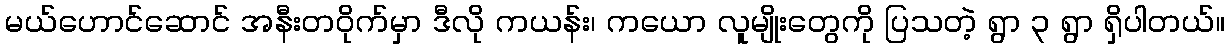
မယ်ဟောင်ဆောင် အနီးတဝိုက်မှာ ဒီလို ကယန်း၊ ကယော လူမျိုးတွေကို ပြသတဲ့ ရွာ ၃ ရွာ ရှိပါတယ်။